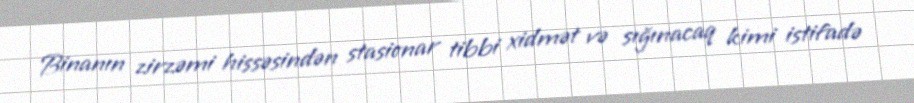
Binanın zirzəmi hissəsindən stasionar tibbi xidmət və sığınacaq kimi istifadə